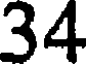
34